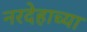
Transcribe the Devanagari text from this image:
नरदेहाच्या